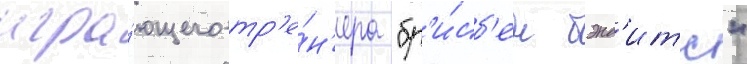
игра́ющего тр'е́н'ера "бр'и́сб'ен бэнд'итс"